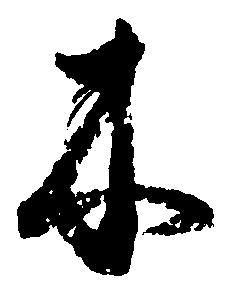
木